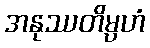
အနုဿတိမ္ပဟံ